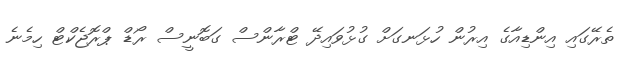
ތެރޭގައި އިންޑިއާގެ އިރުން ހުޅަނގަށް ގުޅުވައިދޭ ޓްރާންސް ގަބޮނީސް ރޯޑް ޕްރޮޖެކްޓް ހިމެނެ